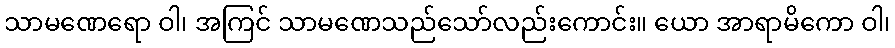
သာမဏေရော ဝါ၊ အကြင် သာမဏေသည်သော်လည်းကောင်း။ ယော အာရာမိကော ဝါ၊